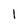
Character: 1